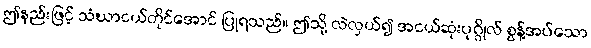
ဤနည်းဖြင့် သံဃာငယ်တိုင်အောင် ပြုရသည်။ ဤသို့ လဲလှယ်၍ အငယ်ဆုံးပုဂ္ဂိုလ် စွန့်အပ်သော